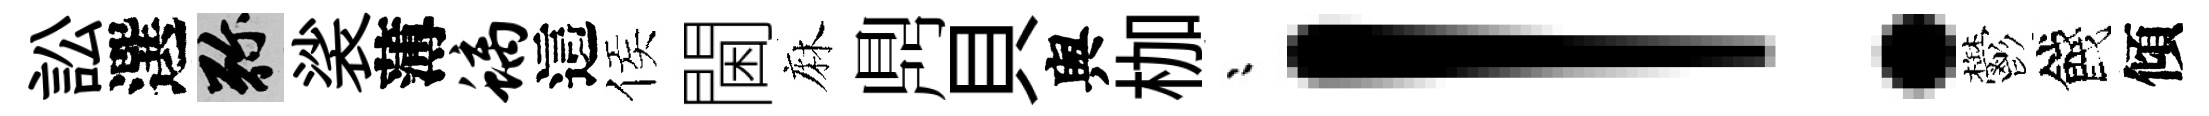
訟選弥裟薄螭這侯閫麻𪔂貝舆枷漸！鬱餞傾